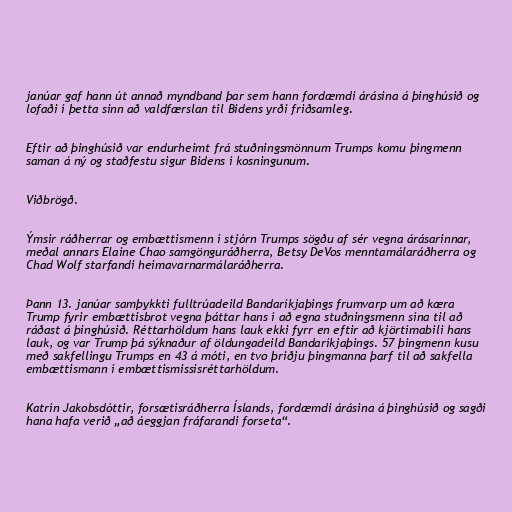
janúar gaf hann út annað myndband þar sem hann fordæmdi árásina á þinghúsið og
lofaði í þetta sinn að valdfærslan til Bidens yrði friðsamleg.

Eftir að þinghúsið var endurheimt frá stuðningsmönnum Trumps komu þingmenn
saman á ný og staðfestu sigur Bidens í kosningunum.

Viðbrögð.

Ýmsir ráðherrar og embættismenn í stjórn Trumps sögðu af sér vegna árásarinnar,
meðal annars Elaine Chao samgönguráðherra, Betsy DeVos menntamálaráðherra og
Chad Wolf starfandi heimavarnarmálaráðherra.

Þann 13. janúar samþykkti fulltrúadeild Bandaríkjaþings frumvarp um að kæra
Trump fyrir embættisbrot vegna þáttar hans í að egna stuðningsmenn sína til að
ráðast á þinghúsið. Réttarhöldum hans lauk ekki fyrr en eftir að kjörtímabili hans
lauk, og var Trump þá sýknaður af öldungadeild Bandaríkjaþings. 57 þingmenn kusu
með sakfellingu Trumps en 43 á móti, en tvo þriðju þingmanna þarf til að sakfella
embættismann í embættismissisréttarhöldum.

Katrín Jakobsdóttir, forsætisráðherra Íslands, fordæmdi árásina á þinghúsið og sagði
hana hafa verið „að áeggjan fráfarandi forseta“.